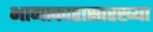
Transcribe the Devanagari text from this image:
भागाकारासारख्या